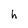
Character: h